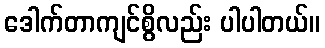
ဒေါက်တာကျင်စွိလည်း ပါပါတယ်။